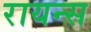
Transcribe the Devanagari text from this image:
रायन्स